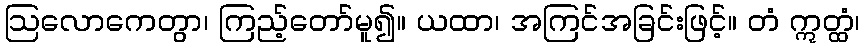
ဩလောကေတွာ၊ ကြည့်တော်မူ၍။ ယထာ၊ အကြင်အခြင်းဖြင့်။ တံ ဣတ္ထံ၊